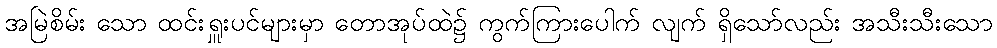
အမြဲစိမ်း သော ထင်းရှူးပင်များမှာ တောအုပ်ထဲ၌ ကွက်ကြားပေါက် လျက် ရှိသော်လည်း အသီးသီးသော